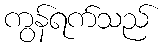
ကွန်ရက်သည်